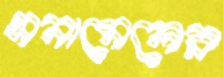
এনামেলের